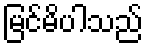
မြင်မိပါသည်